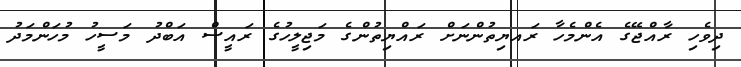
ދިވެހި ރާއްޖޭގެ އެންމެހާ ރައޔިތުންނަށް ރައްޔިތުންގެ މަޖިލީހުގެ ރައީސް އަބްދު މަސީހު މުހަންމަދު